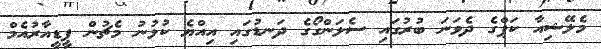
މެލޭޝިއާ ކަޕްގެ ދެވަނަ ބުރުގައި ސެލަންގޯގެ ދަނޑުގައި އިއްޔެ ކުޅުނު މެޗުން ޕީޑީއާރުއެމް